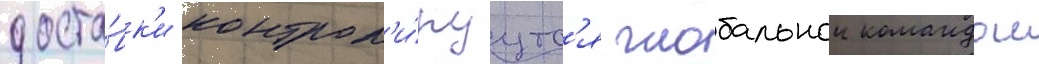
доста́вк'и контрол'и́руутс'я глобальнои командои